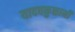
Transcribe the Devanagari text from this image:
यादवकुळानी